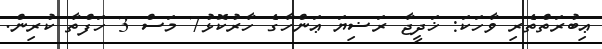
ޢިބުރަތްތެރި ވާހަކަ: ޚަދީޖާ ރަޟިޔަ ޢަންހާގެ ހާރުކޮޅު7 މަސް 3 ހަފްތާ ކުރިން.